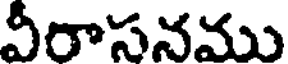
వీరాసనము